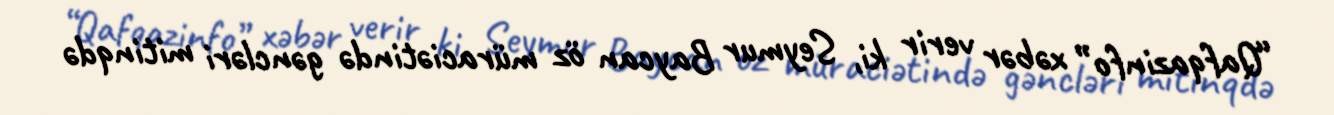
“Qafqazinfo” xəbər verir ki, Seymur Baycan öz müraciətində gəncləri mitinqdə